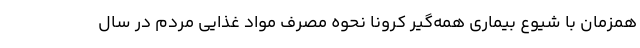
همزمان با شیوع بیماری همه‌گیر کرونا نحوه مصرف مواد غذایی مردم در سال